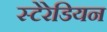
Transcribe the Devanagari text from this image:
स्‍टेरेडियन